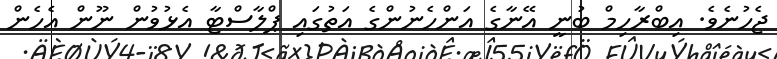
ޖެހުނެވެ. އިބްރާހިމް ބުނީ އޭނާގެ އަންހެނުންގެ އަތުގައި ޕްލާސްޓާ އެޅުވުން ނޫން އެހެން